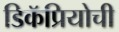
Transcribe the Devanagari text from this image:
डिकॅप्रियोची